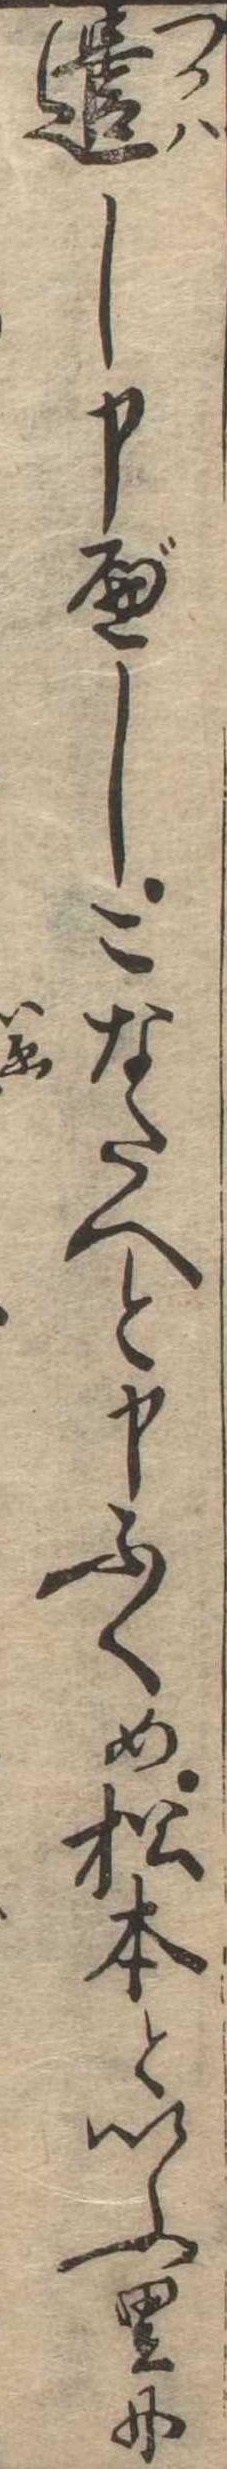
遣し申べしこなたへと申ふくめ松本といふ里に